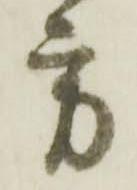
方